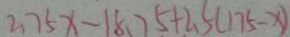
2 . 7 5 x - 1 8 . 7 5 + 2 . 5 ( 1 7 5 - x )